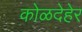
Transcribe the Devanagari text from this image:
कोळदेहेर